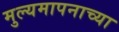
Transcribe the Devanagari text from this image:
मुल्यमापनाच्या